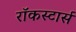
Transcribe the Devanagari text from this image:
रॉकस्टार्स